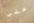
على